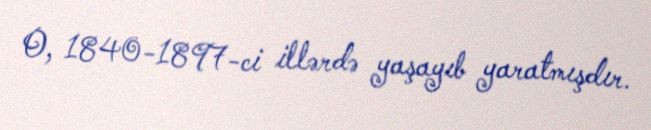
O, 1840-1897-ci illərdə yaşayıb yaratmışdır.